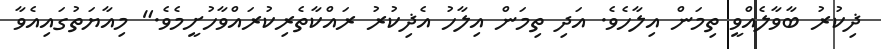
ޛިކުރު ބާވާލެއްވީ ތިމަން އިލާހެވެ. އަދި ތިމަން އިލާހު އެޛިކުރު ރައްކާތެރިކުރައްވާހުށީމެވެ." މިއާޔަތުގައިއެވާ